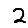
Digit: 2